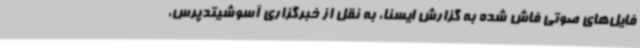
فایل‌های صوتی فاش شده به گزارش ایسنا، به نقل از خبرگزاری آسوشیتدپرس،